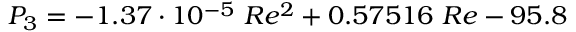
P _ { 3 } = - 1 . 3 7 \cdot 1 0 ^ { - 5 } \ R e ^ { 2 } + 0 . 5 7 5 1 6 \ R e - 9 5 . 8